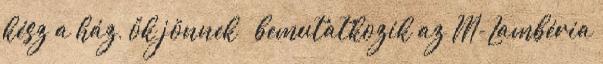
kész a ház, ők jönnek – bemutatkozik az M-Lambéria